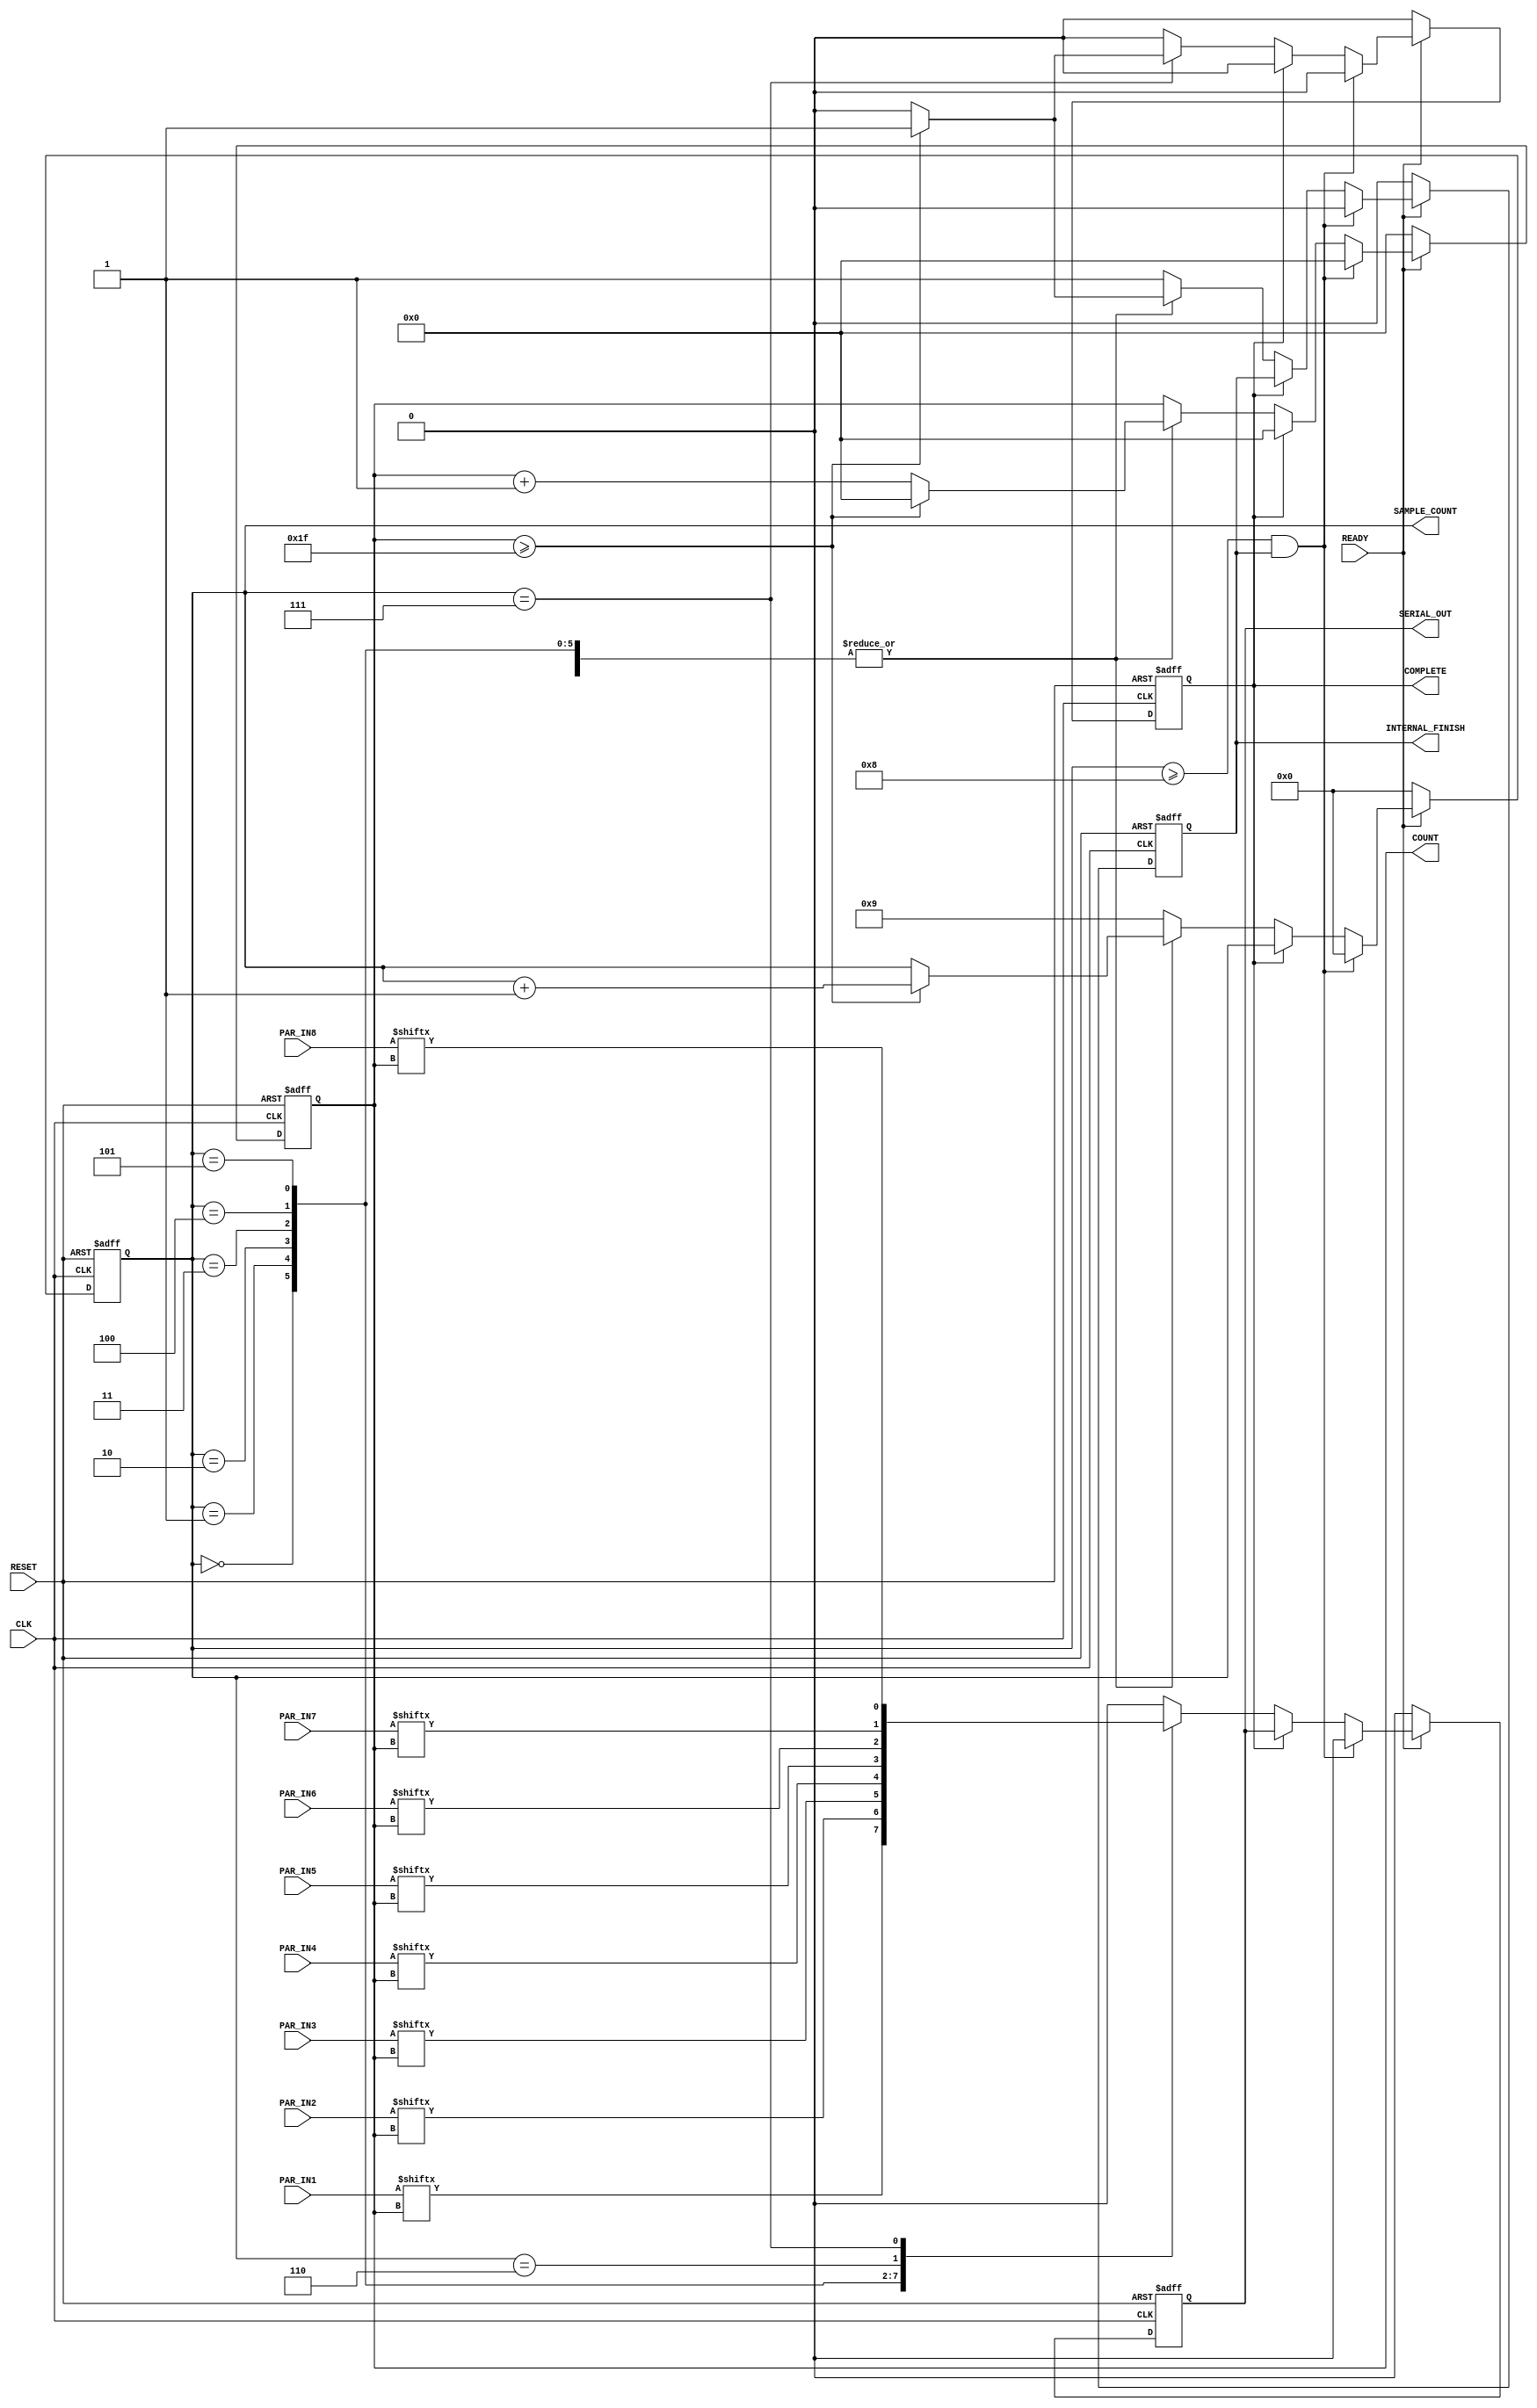
// This program was cloned from: https://github.com/SparcLab/OpenSERDES
// License: GNU General Public License v3.0

module serializer_unit_cell_1 (CLK, RESET,SERIAL_OUT,READY,INTERNAL_FINISH,COMPLETE,PAR_IN1,PAR_IN2,PAR_IN3,PAR_IN4,PAR_IN5,PAR_IN6,PAR_IN7,PAR_IN8,COUNT,SAMPLE_COUNT);
 
 input CLK,RESET,READY;
 output reg SERIAL_OUT,INTERNAL_FINISH,COMPLETE;
 input [31:0] PAR_IN1,PAR_IN2,PAR_IN3,PAR_IN4,PAR_IN5,PAR_IN6,PAR_IN7,PAR_IN8;

 reg [31:0] int_PAR1,int_PAR2,int_PAR3,int_PAR4,int_PAR5,int_PAR6,int_PAR7,int_PAR8;
output reg [5:0] COUNT;
output reg [3:0] SAMPLE_COUNT;



always @(posedge CLK or negedge RESET)
begin
	if(RESET == 0)
	begin
	    SERIAL_OUT <= 0;
	    INTERNAL_FINISH <= 0;
	    COUNT <= 6'd0;
	    COMPLETE <= 0;
	    SAMPLE_COUNT <= 4'd0;
	end
	else if(READY == 1)
	begin
         if(SAMPLE_COUNT >= 4'd8 && INTERNAL_FINISH == 1)
	   begin
		COMPLETE <= 0;
		SAMPLE_COUNT <= 4'd0;
		SERIAL_OUT <= 0;
		INTERNAL_FINISH <= 0;
		COUNT <= 6'd0;
	   end
	else if (COMPLETE ==0)
	   begin
			  
		  /*if(COUNT >= 6'd32)
		  begin
		    INTERNAL_FINISH <= 1;
		    SERIAL_OUT <= 0;
		    SAMPLE_COUNT <= SAMPLE_COUNT + 1;
		    COUNT <= 6'd0;
		  end
		  else
		  begin*/
			case(SAMPLE_COUNT)
		   4'd0: begin
		    SERIAL_OUT <= PAR_IN1[COUNT];
		    if(COUNT >= 6'd31)
		    begin
			INTERNAL_FINISH <= 1;
			SAMPLE_COUNT <= SAMPLE_COUNT + 1;
		        COUNT <= 6'd0;
		    end
		    else
		    begin
		    	COUNT <= COUNT+6'd1;
			INTERNAL_FINISH <= 0;
		    end
		         end
		4'd1: begin
		    SERIAL_OUT <= PAR_IN2[COUNT];
		    //INTERNAL_FINISH <= 0;
		    if(COUNT >= 6'd31)
		    begin
			INTERNAL_FINISH <= 1;
			SAMPLE_COUNT <= SAMPLE_COUNT + 1;
		        COUNT <= 6'd0;
		    end
		    else
		    begin
		    	COUNT <= COUNT+6'd1;
			INTERNAL_FINISH <= 0;
		    end
		         end
		   4'd2: begin
		    SERIAL_OUT <= PAR_IN3[COUNT];
		    //INTERNAL_FINISH <= 0;
		    if(COUNT >= 6'd31)
		    begin
			INTERNAL_FINISH <= 1;
			SAMPLE_COUNT <= SAMPLE_COUNT + 1;
		        COUNT <= 6'd0;
		    end
		    else
		    begin
		    	COUNT <= COUNT+6'd1;
			INTERNAL_FINISH <= 0;
		    end
		         end
		4'd3: begin
		    SERIAL_OUT <= PAR_IN4[COUNT];
		    //INTERNAL_FINISH <= 0;
		    if(COUNT >= 6'd31)
		    begin
			INTERNAL_FINISH <= 1;
			SAMPLE_COUNT <= SAMPLE_COUNT + 1;
		        COUNT <= 6'd0;
		    end
		    else
		    begin
		    	COUNT <= COUNT+6'd1;
			INTERNAL_FINISH <= 0;
		    end
		         end
		4'd4: begin
		    SERIAL_OUT <= PAR_IN5[COUNT];
		    //INTERNAL_FINISH <= 0;
		    if(COUNT >= 6'd31)
		    begin
			INTERNAL_FINISH <= 1;
			SAMPLE_COUNT <= SAMPLE_COUNT + 1;
		        COUNT <= 6'd0;
		    end
		    else
		    begin
		    	COUNT <= COUNT+6'd1;
			INTERNAL_FINISH <= 0;
		    end
		         end
		4'd5: begin
		    SERIAL_OUT <= PAR_IN6[COUNT];
		    //INTERNAL_FINISH <= 0;
		    if(COUNT >= 6'd31)
		    begin
			INTERNAL_FINISH <= 1;
			SAMPLE_COUNT <= SAMPLE_COUNT + 1;
		        COUNT <= 6'd0;
		    end
		    else
		    begin
		    	COUNT <= COUNT+6'd1;
			INTERNAL_FINISH <= 0;
		    end
		         end
		   4'd6: begin
		    SERIAL_OUT <= PAR_IN7[COUNT];
		    //INTERNAL_FINISH <= 0;
		    if(COUNT >= 6'd31)
		    begin
			INTERNAL_FINISH <= 1;
			SAMPLE_COUNT <= SAMPLE_COUNT + 1;
		        COUNT <= 6'd0;
		    end
		    else
		    begin
		    	COUNT <= COUNT+6'd1;
			INTERNAL_FINISH <= 0;
		    end
		         end
		4'd7: begin
		    SERIAL_OUT <= PAR_IN8[COUNT];
		    //INTERNAL_FINISH <= 0;
		    if(COUNT >= 6'd31)
		    begin
			INTERNAL_FINISH <= 1;
			SAMPLE_COUNT <= SAMPLE_COUNT + 1;
		        COUNT <= 6'd0;
			COMPLETE <= 1;
		    end
		    else
		    begin
		    	COUNT <= COUNT+6'd1;
			INTERNAL_FINISH <= 0;
		    end
		         end
		default: begin
		  	SAMPLE_COUNT <= 4'd9;
		        SERIAL_OUT <= 0;
		        INTERNAL_FINISH <= 1;
		end
		endcase
       end
	else
    begin
	COUNT <= 6'd0;
	COMPLETE <=0;
    end
   end
    else
    begin
	COUNT <= 6'd0;
	SERIAL_OUT <= 0;
	INTERNAL_FINISH <= 0;
	COMPLETE <= 0;
	SAMPLE_COUNT <= 4'd0;
    end
	
end

always @(posedge READY or negedge RESET)
begin
    if(RESET == 0)
	begin
	    int_PAR1 <= 32'd0;	
	    int_PAR2 <= 32'd0;	
	    int_PAR3 <= 32'd0;	
	    int_PAR4 <= 32'd0;	
	    int_PAR5 <= 32'd0;	
	    int_PAR6 <= 32'd0;	
	    int_PAR7 <= 32'd0;	
	    int_PAR8 <= 32'd0;
	end
    else
	begin
    int_PAR1 <= PAR_IN1;	
    int_PAR2 <= PAR_IN2;	
    int_PAR3 <= PAR_IN3;	
    int_PAR4 <= PAR_IN4;	
    int_PAR5 <= PAR_IN5;	
    int_PAR6 <= PAR_IN6;	
    int_PAR7 <= PAR_IN7;	
    int_PAR8 <= PAR_IN8;
	end	
end

always @(posedge COMPLETE or negedge RESET)
begin
    if(RESET == 0)
	begin
	    int_PAR1 <= 32'd0;	
	    int_PAR2 <= 32'd0;	
	    int_PAR3 <= 32'd0;	
	    int_PAR4 <= 32'd0;	
	    int_PAR5 <= 32'd0;	
	    int_PAR6 <= 32'd0;	
	    int_PAR7 <= 32'd0;	
	    int_PAR8 <= 32'd0;
	end
    else
	begin
    int_PAR1 <= PAR_IN1;	
    int_PAR2 <= PAR_IN2;	
    int_PAR3 <= PAR_IN3;	
    int_PAR4 <= PAR_IN4;	
    int_PAR5 <= PAR_IN5;	
    int_PAR6 <= PAR_IN6;	
    int_PAR7 <= PAR_IN7;	
    int_PAR8 <= PAR_IN8;
	end	
end



endmodule